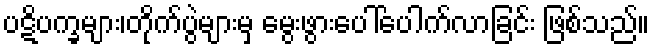
ပဋိပက္ခများ၊တိုက်ပွဲများမှ မွေးဖွားပေါ်ပေါက်လာခြင်း ဖြစ်သည်။